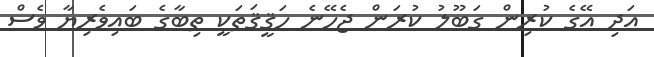
އަދި އޭގެ ކުރިން ގަބޫލު ކުރަން ޖެހޭނެ ހަޤީޤަތަކީ ތިބާގެ ބައިވެރިޔާ ވެސް